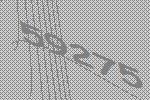
59275